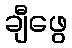
ချီဖွေ